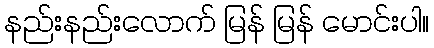
နည်းနည်းလောက် မြန် မြန် မောင်းပါ။